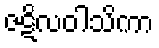
ဇဋိလဝါသိကာ